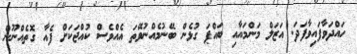
ހައްދަވާފައިވާފަދަ. އަޒަލް މަންމައާއި ބައްޕަ ގުޅެން ބޭނުމެއްނުވޭތަ އެއްވެސް ކުއްޖަކަށް ފެއާ ގޮތެއްނޫން